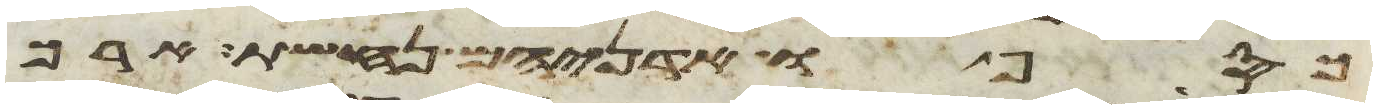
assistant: כסף ואדניהם נחשת ארך